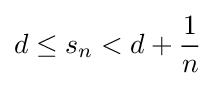
d\leq s_{n}<d+{\frac {1}{n}}